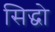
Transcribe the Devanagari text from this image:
सिद्धो